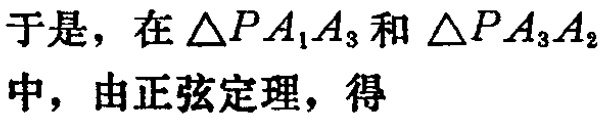
于是，在\(\triangle PA_{1}A_{3}\)和\(\triangle PA_{3}A_{2}\)中，由正弦定理，得